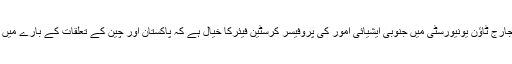
مگر کچھ امریکی تجزیہ نگاروں جیسے جارج ٹاؤن یونیورسٹی میں جنوبی ایشیائی امور کی پروفیسر کرسٹین فیئرکا خیال ہے کہ پاکستان اور چین کے تعلقات کے بارے میں بعض حقائق کونظر انداز کر دیا جاتا ہے۔